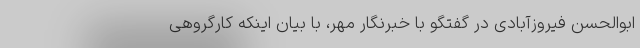
ابوالحسن فیروزآبادی در گفتگو با خبرنگار مهر، با بیان اینکه کارگروهی